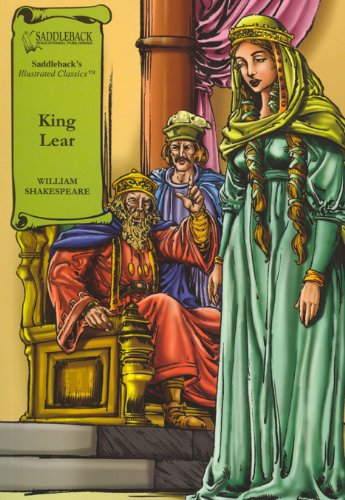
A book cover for King Lear (Saddleback's Illustrated Classics); William Shakespeare; Literature & Fiction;